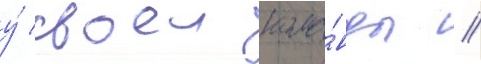
у́ своеи кома́нды //